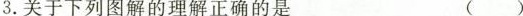
3.关于下列图解的理解正确的是 （）